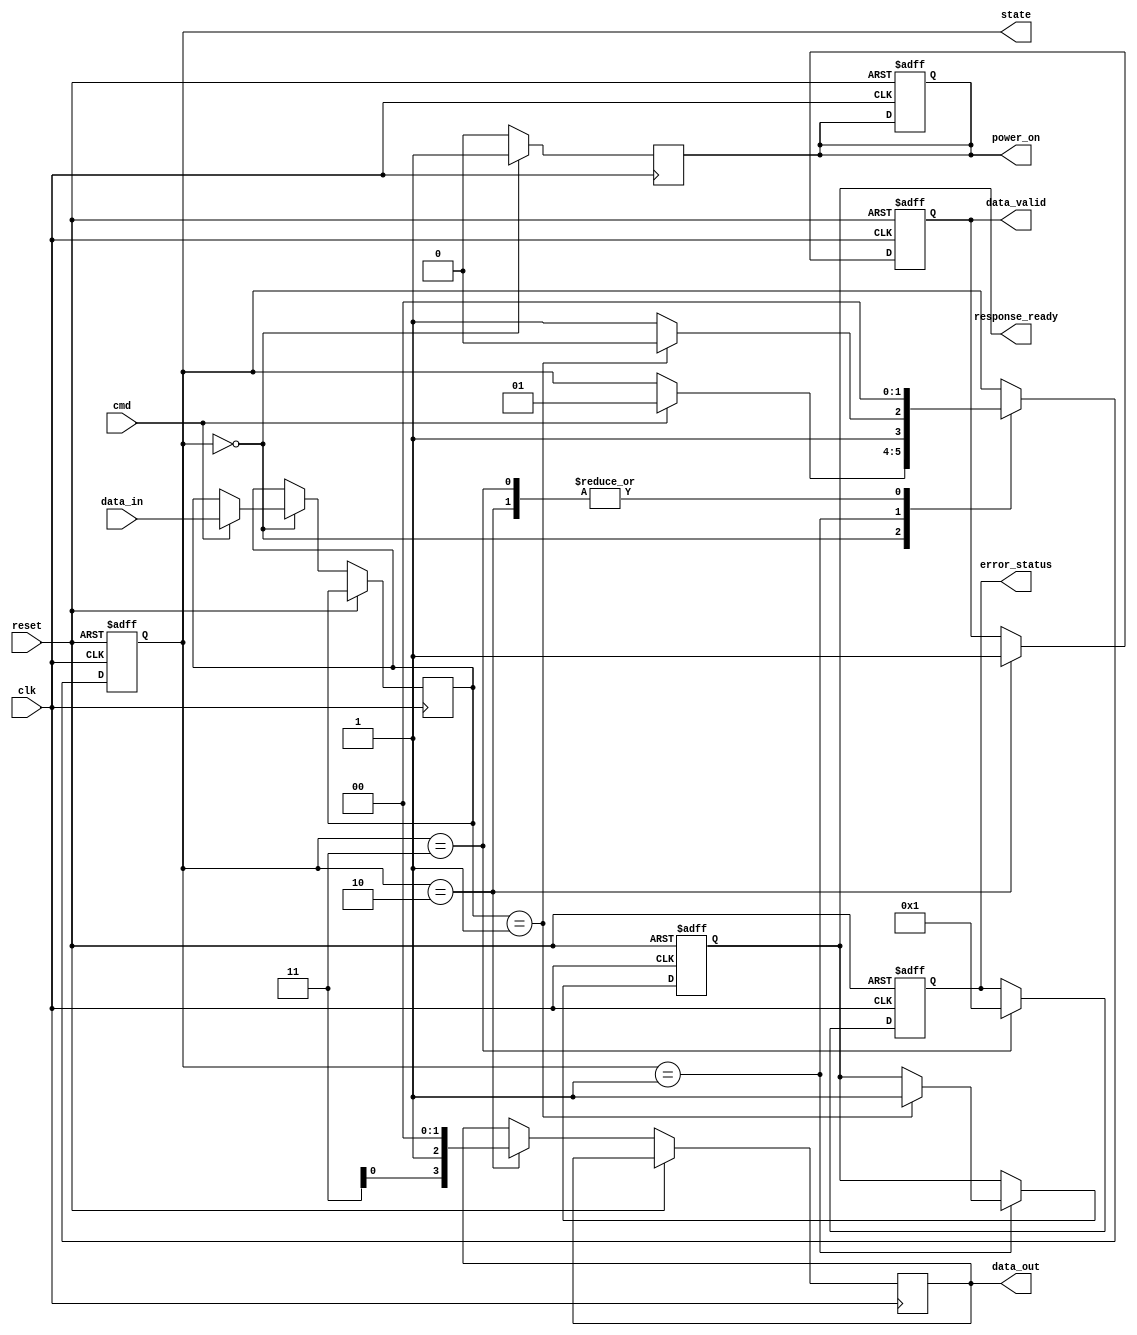
module sd_io_block (
    input wire clk,                // System clock
    input wire reset,              // Reset signal
    input wire cmd,                // Command line
    input wire [3:0] data_in,      // Data input lines (D0-D3)
    output reg [3:0] data_out,     // Data output lines (D0-D3)
    output reg data_valid,         // Data valid signal
    output reg response_ready,      // Response ready signal
    output reg [7:0] error_status, // Error status register
    output reg power_on,           // Power management signal
    output reg [1:0] state         // State of the state machine
);

// State definitions
parameter IDLE         = 2'b00;
parameter COMMAND      = 2'b01;
parameter DATA_TRANSFER = 2'b10;
parameter ERROR        = 2'b11;

// Internal signals
reg [3:0] command;
reg [3:0] buffer; // Buffer for read/write operations

// State machine
always @(posedge clk or posedge reset) begin
    if (reset) begin
        state <= IDLE;
        data_valid <= 0;
        response_ready <= 0;
        error_status <= 8'b0;
        power_on <= 1; // Power up on reset
    end else begin
        case (state)
            IDLE: begin
                if (cmd) begin
                    command <= data_in; // Capture command
                    state <= COMMAND; // Move to COMMAND state
                end
            end
            
            COMMAND: begin
                // Decode command and transition to data transfer or error state
                case (command)
                    4'b0001: begin // Example command
                        state <= DATA_TRANSFER;
                        response_ready <= 1; // Indicate response is ready
                    end
                    default: begin
                        state <= ERROR; // Unknown command goes to ERROR
                    end
                endcase
            end
            
            DATA_TRANSFER: begin
                // Handle data transfer here
                data_out <= buffer; // Output the buffer data
                data_valid <= 1; // Indicate data is valid
                // Simulate data transfer complete
                state <= IDLE; // Go back to IDLE state
            end
            
            ERROR: begin
                error_status <= 8'b00000001; // Set error status
                state <= IDLE; // Transition back to IDLE
            end
            
        endcase
    end
end

// Example CRC Calculation (Placeholder)
function [7:0] calculate_crc(input [3:0] data);
    // Simple example CRC operation
    calculate_crc = data ^ 8'hFF; // Example operation, replace with actual CRC logic
endfunction

// Handle power management (example)
always @(posedge clk) begin
    if (state == IDLE) begin
        power_on <= 1; // Power on when idle
    end else begin
        power_on <= 0; // Power off during operation
    end
end

endmodule